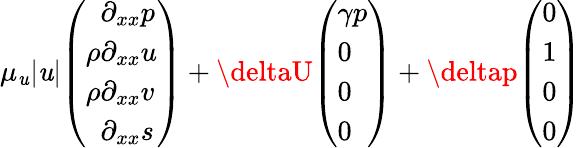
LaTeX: \mu_{\mathit{u}}|\mathit{u}|\begin{array}{l}{\left(\begin{array}{l}{\phantom{\rho}\partial_{xx}p}\\ {\rho\partial_{xx}u}\\ {\rho\partial_{xx}v}\\ {\phantom{\rho}\partial_{xx}s}\end{array}\right)}\end{array}+\deltaU\begin{array}{l}{\left(\begin{array}{l}{\gamma p}\\ {0}\\ {0}\\ {0}\end{array}\right)}\end{array}+\deltap\begin{array}{l}{\left(\begin{array}{l}{0}\\ {1}\\ {0}\\ {0}\end{array}\right)}\end{array}